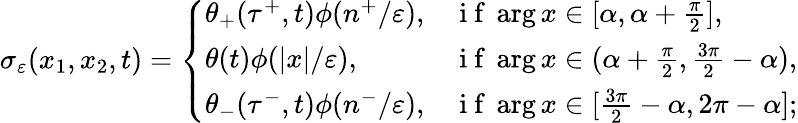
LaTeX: \sigma_{\varepsilon}(x_{1},x_{2},t)=\left\{ \begin{array}{ll}{\theta_{+}(\tau^{+},t)\phi(n^{+}/\varepsilon),}&{\mathrm{~i~f~}\arg x\in[\alpha,\alpha+\frac{\pi}{2}],}\\ {\theta(t)\phi(|x|/\varepsilon),}&{\mathrm{~i~f~}\arg x\in(\alpha+\frac{\pi}{2},\frac{3\pi}{2}-\alpha),}\\ {\theta_{-}(\tau^{-},t)\phi(n^{-}/\varepsilon),}&{\mathrm{~i~f~}\arg x\in[\frac{3\pi}{2}-\alpha,2\pi-\alpha];}\end{array}\right.